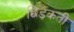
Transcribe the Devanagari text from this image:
छिड़कती